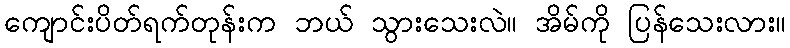
ကျောင်းပိတ်ရက်တုန်းက ဘယ် သွားသေးလဲ။ အိမ်ကို ပြန်သေးလား။